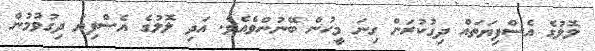
ލޮލުގެ އެސްފިޔަތައް ދިގުކުރަން ގިނަ މީހުން ބޭނުންވެއެވެ. އަދި ލޮލުގެ އެސްފިޔަ ދިގުވުމުން